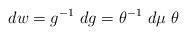
LaTeX: \begin{align*}dw = g^{-1} ~dg = \theta ^{-1} ~d \mu ~\theta\end{align*}